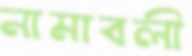
নামাবলী